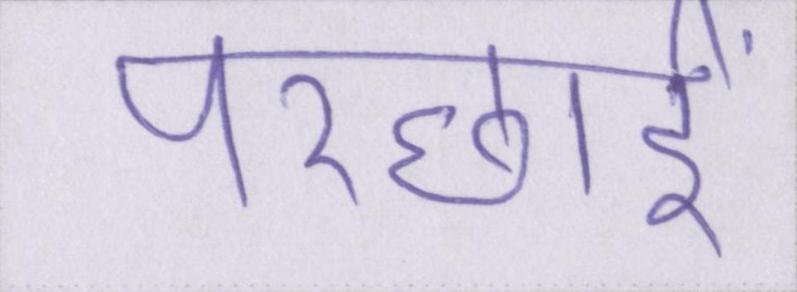
परछाईं